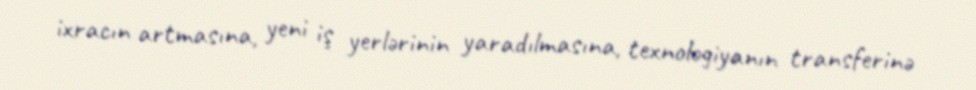
ixracın artmasına, yeni iş yerlərinin yaradılmasına, texnologiyanın transferinə